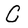
Character: C